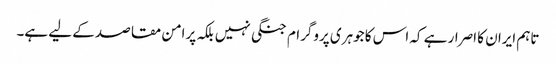
تاہم ایران کا اصرار ہے کہ اس کا جوہری پروگرام جنگی نہیں بلکہ پرامن مقاصد کے لیے ہے۔